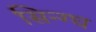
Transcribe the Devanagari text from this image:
सिन्ग्घ